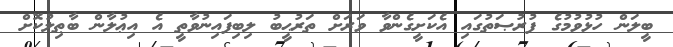
ބީލަން ހުޅުވުމުގެ ފުރުޞަތުގައި އެކަށީގެންވާ ވަރަށް ތަރުޙީބު ލިބިފައިނުވާތީ އެ އިޢުލާން ބާޠިލުކޮށް